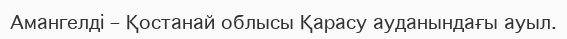
Амангелді – Қостанай облысы Қарасу ауданындағы ауыл.